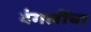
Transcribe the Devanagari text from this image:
दंगलींचा